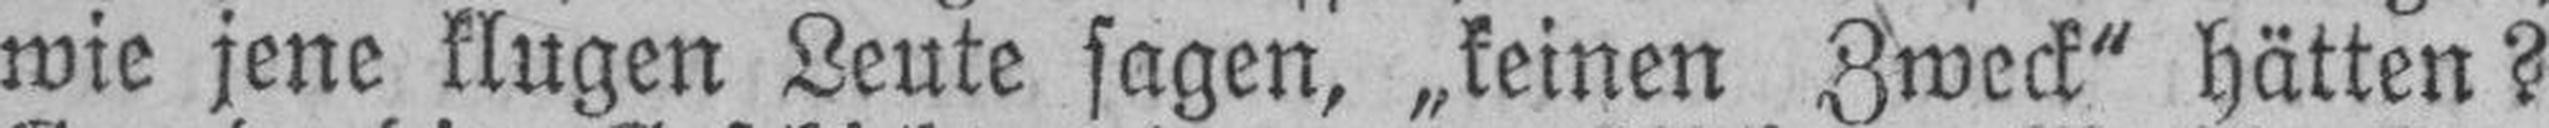
wie jene klugen Leute sagen, „keinen Zweck“ hätten?